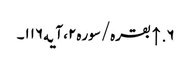
۶. ↑ بقره/سوره۲، آیه۱۱۶۔